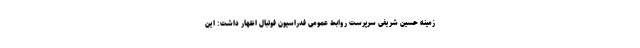
زمینه حسین شریفی سرپرست روابط عمومی فدراسیون فوتبال اظهار داشت: این